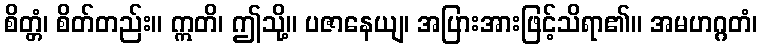
စိတ္တံ၊ စိတ်တည်း။ ဣတိ၊ ဤသို့။ ပဇာနေယျ၊ အပြားအားဖြင့်သိရာ၏။ အမဟဂ္ဂတံ၊